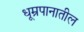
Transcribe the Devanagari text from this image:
धूम्रपानातील